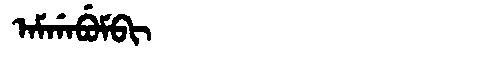
Manchu: ᠠᠮᡤᠠᠪᡠᠮᠪᡳ
Romanization: AMGABUMBI